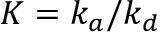
K = k _ { a } / k _ { d }